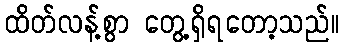
ထိတ်လန့်စွာ တွေ့ရှိရတော့သည်။